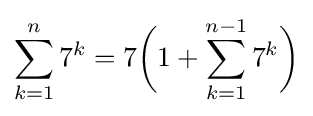
\sum \limits _{k=1}^{n}7^{k}=7{\bigg (}1+\sum \limits _{k=1}^{n-1}7^{k}{\bigg )}